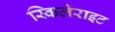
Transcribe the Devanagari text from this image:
स्किलेराइट